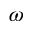
\omega